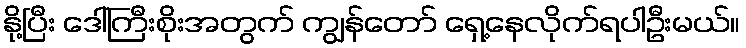
နို့ပြီး ဒေါ်ကြီးစိုးအတွက် ကျွန်တော် ရှေ့နေလိုက်ရပါဦးမယ်။